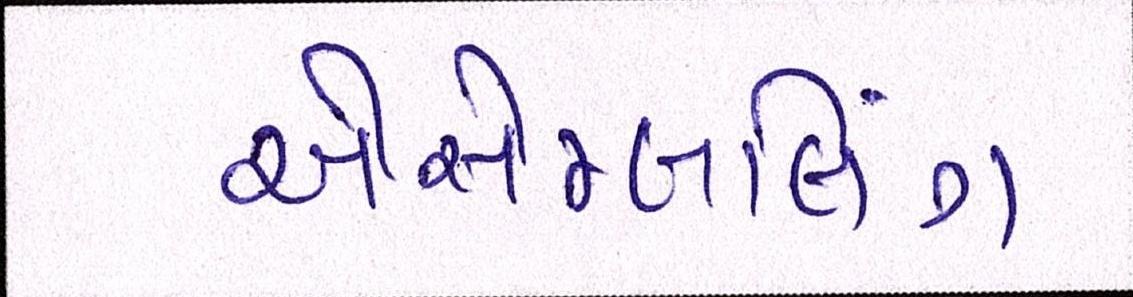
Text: એસેમ્બલિંગ